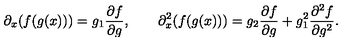
\partial _ { x } ( f ( g ( x ) ) ) = g _ { 1 } \frac { \partial f } { \partial g } , \qquad \partial _ { x } ^ { 2 } ( f ( g ( x ) ) ) = g _ { 2 } \frac { \partial f } { \partial g } + g _ { 1 } ^ { 2 } \frac { \partial ^ { 2 } f } { \partial g ^ { 2 } } .